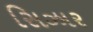
સિઝાર